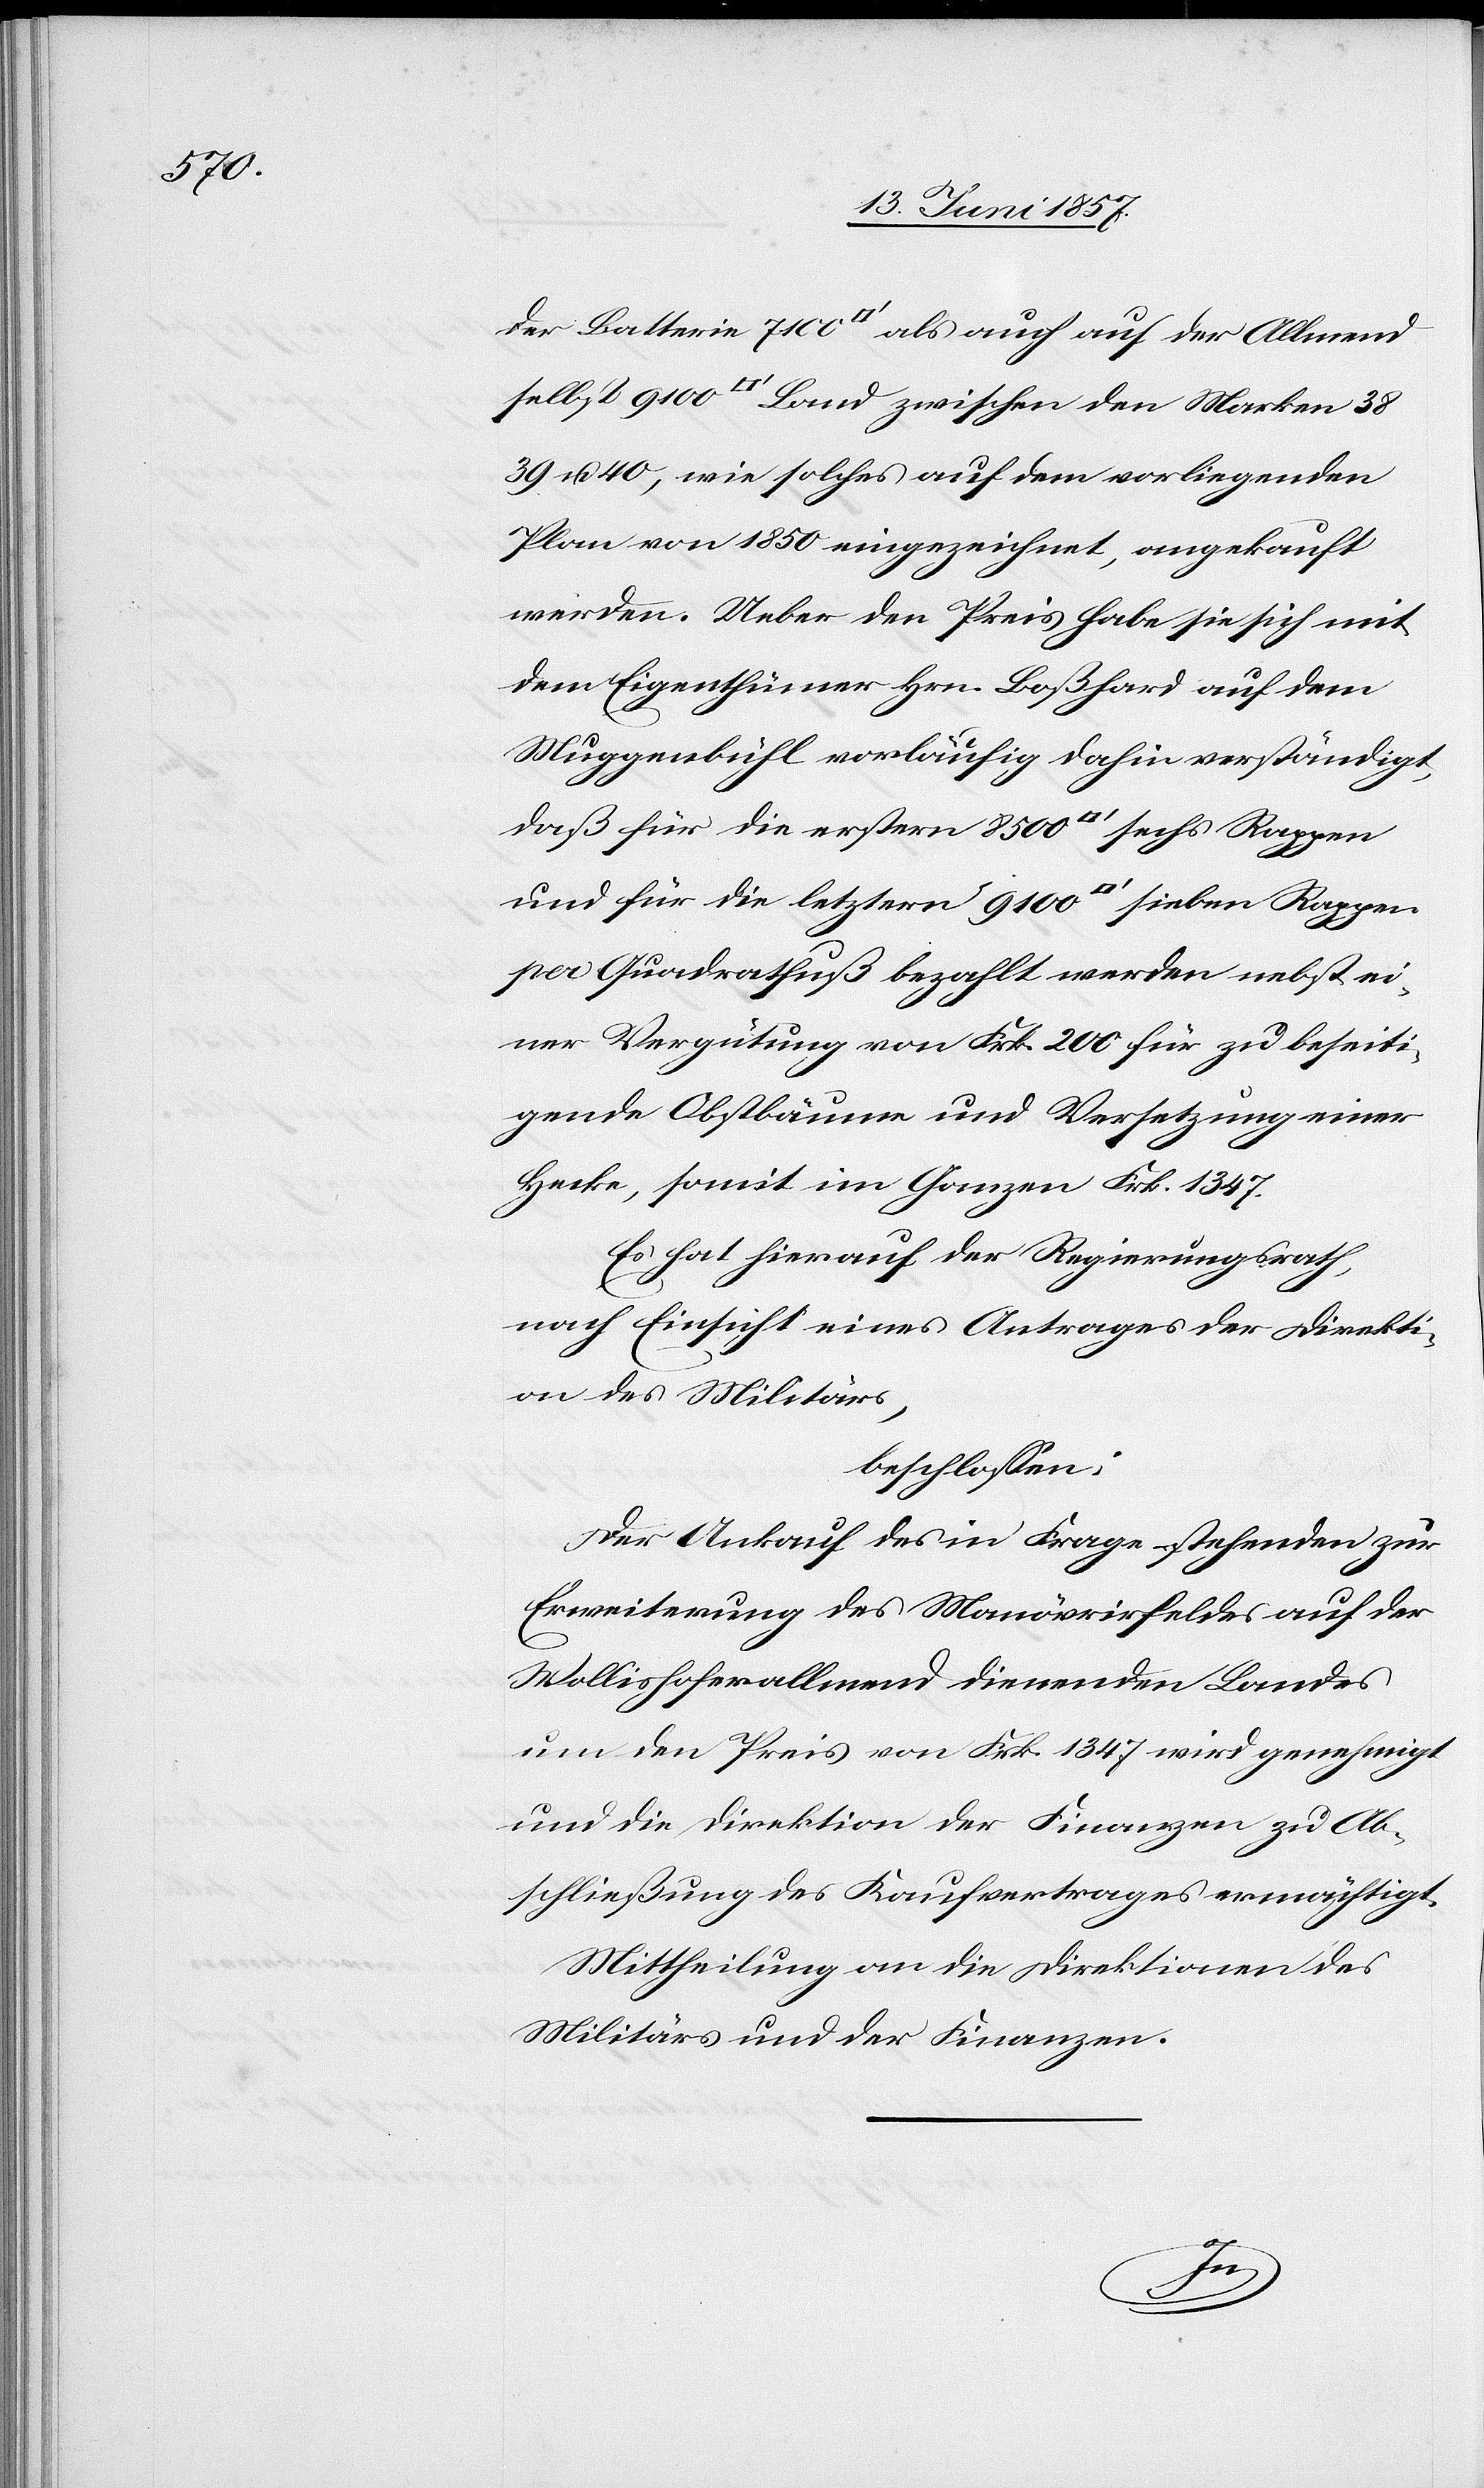
der Batterie 7100 [Quadratfuß] als auch auf der Allmend
38,39 & 40, wie solches auf dem vorliegenden
Plan von 1850 eingezeichnet, angekauft
werden. Ueber den Preis habe sie sich mit
dem Eigenthümer Hrn. Boßhard auf dem
Muggenbühl vorläufig dahin verständigt,
daß für die ersten 8500 [Quadratfuß] sechs Rappen
und für die letztern 9100 [Quadratfuß] sieben Rappen
pro Quadratfuß bezahlt werden nebst ei¬
ner Vergütung von Frk. 200 für zu beseiti¬
gende Obstbäume und Versetzung einer
Hecke, somit im Ganzen Frk. 1347.
Es hat hierauf der Regierungsrath,
nach Einsicht eines Antrages der Direkti¬
on des Militärs,
beschlossen:
Der Ankauf des in Frage stehenden zur
Erweiterung des Manövrirfeldes auf der
Wollishoferallmend dienenden Landes
um den Preis von Frk. 1347 wird genehmigt
und die Direktion der Finanzen zu Ab¬
schließung des Kaufvertrages ermächtigt.
Mittheilung an die Direktionen des
Militärs und der Finanzen.